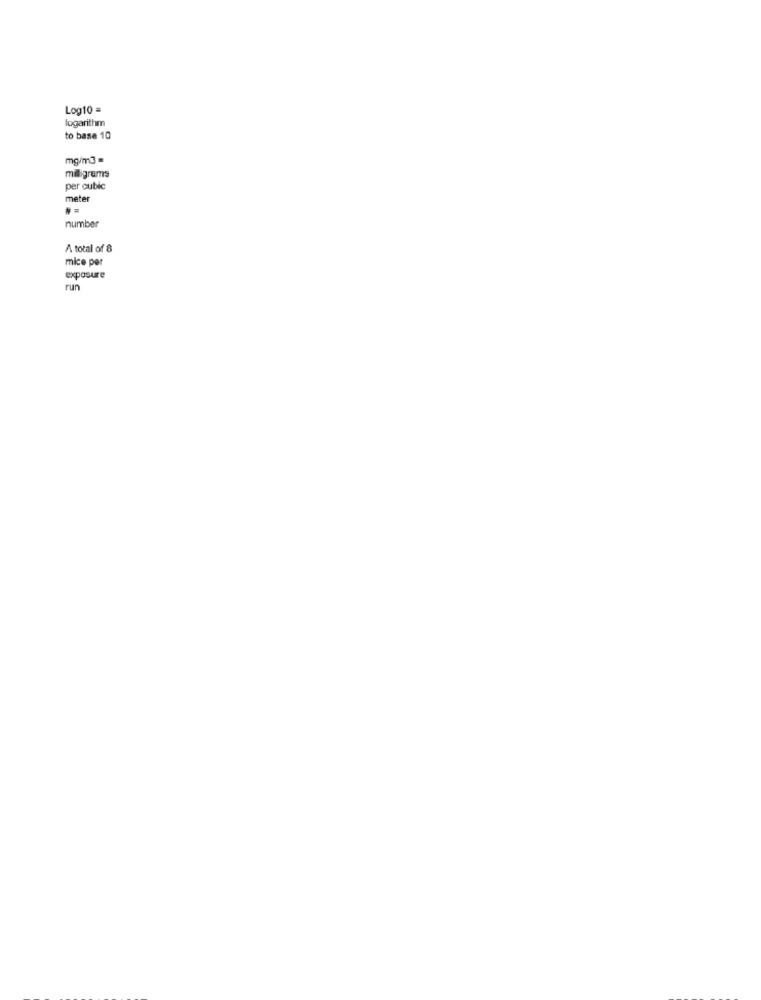
Log10 =
logarithm
to base 10
mg/m3 =
milligrams
per cubic
meter
number
A total of 8
mice per
exposure
run